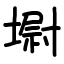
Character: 墛